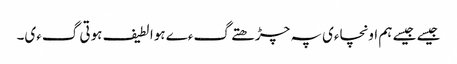
جیسے جیسے ہم اونچاءی پہ چڑھتے گءے ہوا لطیف ہوتی گءی۔